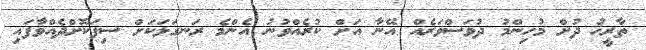
ތާރީޚު ދުށް މުހިންމު ދުވަސްވަރެއް އޭނާ އަށް ކުރެއްވުނު އެންމެ ރަނގަޅަކަށް ސިފަކޮށްދެއްވާފައި